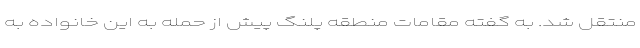
منتقل شد. به گفته مقامات منطقه پلنگ پیش از حمله به این خانواده به